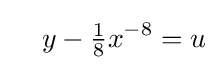
\quad y-{\tfrac {1}{8}}x^{-8}=u